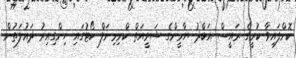
ކޮށްފައިވާ ކުރީގެ ރައީސް އަބްދު ޔާމީންގެ ޝަރީއަތް ކްރިމިނަލް ކޯޓުގައި ހިންގިއިރު ދައުލަތުން